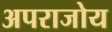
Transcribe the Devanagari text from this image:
अपराजोय